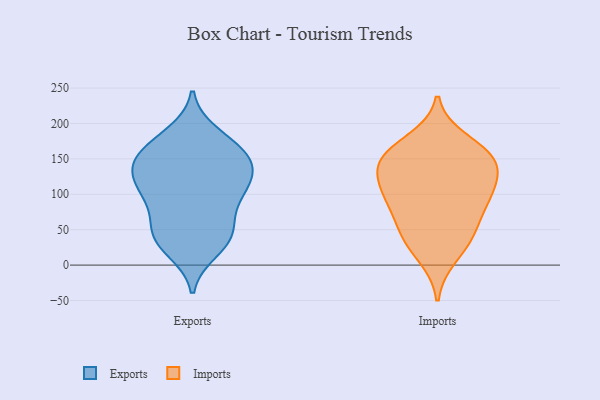
{"axis": {"x": "Demand Index", "y": "Value"}, "legend": ["Exports", "Imports"], "data": [{"x": "", "y": 136, "type": "Exports"}, {"x": "", "y": 185, "type": "Exports"}, {"x": "", "y": 141, "type": "Exports"}, {"x": "", "y": 41, "type": "Exports"}, {"x": "", "y": 110, "type": "Exports"}, {"x": "", "y": 52, "type": "Exports"}, {"x": "", "y": 21, "type": "Exports"}, {"x": "", "y": 40, "type": "Exports"}, {"x": "", "y": 159, "type": "Exports"}, {"x": "", "y": 30, "type": "Exports"}, {"x": "", "y": 100, "type": "Exports"}, {"x": "", "y": 91, "type": "Exports"}, {"x": "", "y": 153, "type": "Exports"}, {"x": "", "y": 57, "type": "Exports"}, {"x": "", "y": 118, "type": "Exports"}, {"x": "", "y": 163, "type": "Exports"}, {"x": "", "y": 96, "type": "Exports"}, {"x": "", "y": 176, "type": "Exports"}, {"x": "", "y": 143, "type": "Exports"}, {"x": "", "y": 123, "type": "Exports"}, {"x": "", "y": 176, "type": "Imports"}, {"x": "", "y": 145, "type": "Imports"}, {"x": "", "y": 52, "type": "Imports"}, {"x": "", "y": 151, "type": "Imports"}, {"x": "", "y": 94, "type": "Imports"}, {"x": "", "y": 157, "type": "Imports"}, {"x": "", "y": 140, "type": "Imports"}, {"x": "", "y": 107, "type": "Imports"}, {"x": "", "y": 12, "type": "Imports"}, {"x": "", "y": 97, "type": "Imports"}, {"x": "", "y": 37, "type": "Imports"}, {"x": "", "y": 85, "type": "Imports"}, {"x": "", "y": 116, "type": "Imports"}, {"x": "", "y": 152, "type": "Imports"}, {"x": "", "y": 45, "type": "Imports"}]}